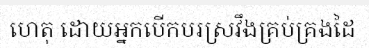
ហេតុ ដោយអ្នកបើកបរស្រវឹងគ្រប់គ្រងដៃ